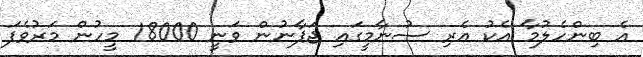
އެ ބިންހެލުމާ އެކު އެރި ސުނާމީގައި ޖަޕާނުން ވަނީ 18000 މީހުން މަރުވެފަ